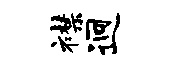
襟迥